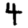
Digit: 4